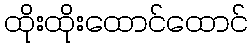
ထိုးထိုးထောင်ထောင်